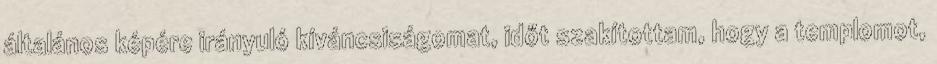
általános képére irányuló kíváncsiságomat, időt szakítottam, hogy a templomot,